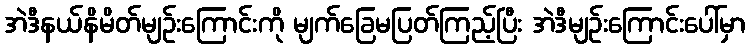
အဲဒီနယ်နိမိတ်မျဉ်းကြောင်းကို မျက်ခြေမပြတ်ကြည့်ပြီး အဲဒီမျဉ်းကြောင်းပေါ်မှာ